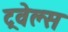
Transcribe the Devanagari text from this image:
ट्रवेल्स